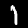
Label: 1